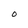
Character: O